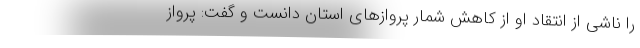
را ناشی از انتقاد او از کاهش شمار پروازهای استان دانست و گفت: پرواز